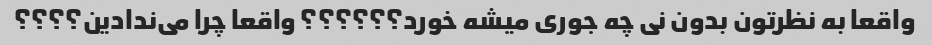
واقعا به نظرتون بدون نی چه جوری میشه خورد؟؟؟؟؟؟ واقعا چرا می‌ندادین؟؟؟؟